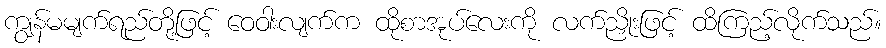
ကျွန်မမျက်ရည်တို့ဖြင့် ဝေဝါးလျက်က ထိုစာအုပ်လေးကို လက်ညှိုးဖြင့် ထိကြည့်လိုက်သည်။